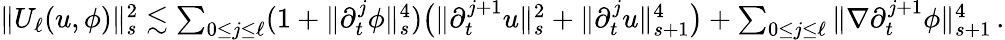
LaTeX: \begin{array}{r}{\| U_{\ell}(u,\phi)\| _{s}^{2}\lesssim\sum_{0\leq j\leq\ell}(1+\| \partial_{t}^{j}\phi\| _{s}^{4})\big(\| \partial_{t}^{j+1}u\| _{s}^{2}+\| \partial_{t}^{j}u\| _{s+1}^{4}\big)+\sum_{0\leq j\leq\ell}\| \nabla\partial_{t}^{j+1}\phi\| _{s+1}^{4}\, .}\end{array}